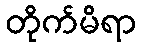
တိုက်မိရာ